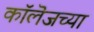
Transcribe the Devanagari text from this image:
काॅलॆजच्या